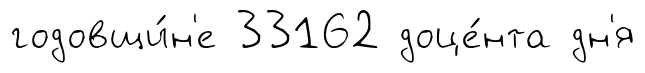
годовщи́н'е 33162 доце́нта дн'я